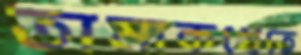
তামাকখেতে